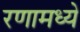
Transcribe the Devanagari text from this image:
रणामध्ये